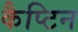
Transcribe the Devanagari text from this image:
कैप्टिन